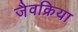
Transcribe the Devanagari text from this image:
जैवक्रिया